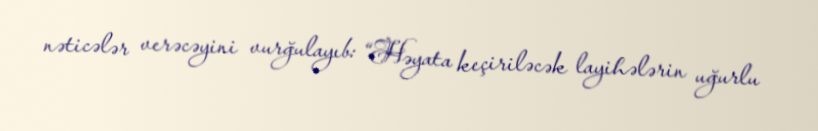
nəticələr verəcəyini vurğulayıb: “Həyata keçiriləcək layihələrin uğurlu